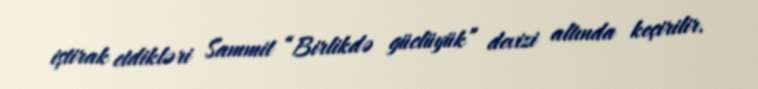
iştirak etdikləri Sammit “Birlikdə güclüyük” devizi altında keçirilir.